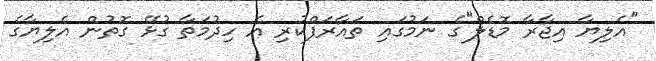
"އެލިޔާ އިޖާރާ މޮޑެލް"ގެ ނަމުގައި ތައާރަފްކުރި އެ ހިދުމަތާ ގުޅޭ ގޮތުން އެލިޔާގެ